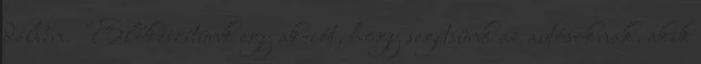
délben. "Előkészítünk egy akciót, hogy segítsünk az autósoknak, akik